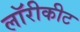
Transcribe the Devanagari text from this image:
लॉरीकीट